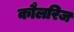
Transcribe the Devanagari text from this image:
कौलरिज